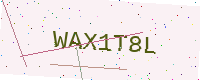
Text: WAX1T8L